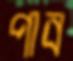
পাব